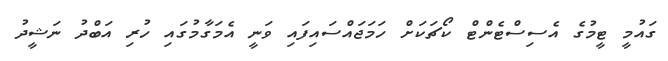
ގައުމީ ޓީމުގެ އެސިސްޓެންޓް ކޯޗަކަށް ހަމަޖައްސައިފައި ވަނީ އެމަގާމުގައި ހުރި އަބްދު ނަޝީދު